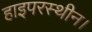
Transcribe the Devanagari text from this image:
हाइपरस्थीन।